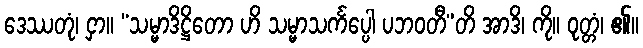
ဒေဿတုံ၊ ငှာ။ “သမ္မာဒိဋ္ဌိတော ဟိ သမ္မာသင်္ကပ္ပေါ ပဘဝတီ”တိ အာဒိ၊ ကို။ ဝုတ္တံ၊ ၏။